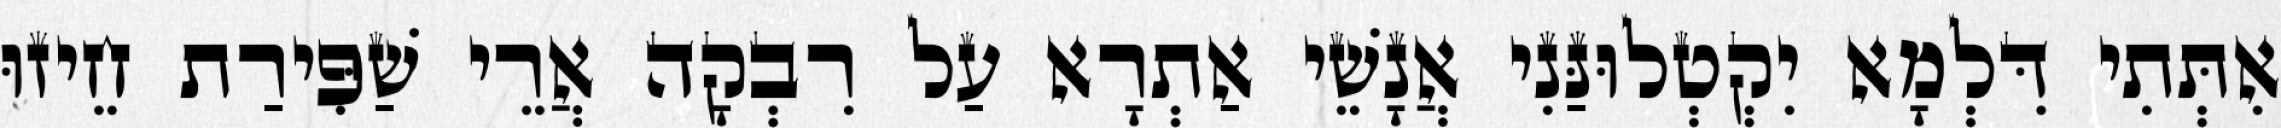
אִתְּתִי דִּלְמָא יִקְטְלוּנַּנִי אֲנָשֵׁי אַתְרָא עַל רִבְקָה אֲרֵי שַׁפִּירַת חֵיזוּ